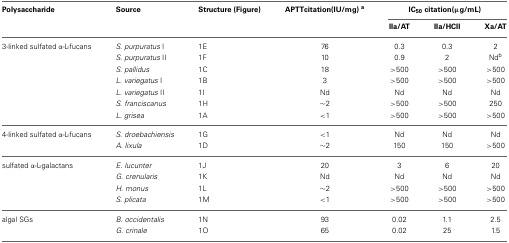
| Polysaccharide | Source | Structure (Figure) | APTTcitation(IU/mg) a | <COLSPAN=3> IC50 citation(μg/mL) |
 |  |  |  |  | IIa/AT | IIa/HCII | Xa/AT |
 | --- | --- | --- | --- | --- | --- | --- |
 | 3-linked sulfated α-L-fucans | S. purpuratus I | 1E | 76 | 0.3 | 0.3 | 2 |
 |  | S. purpuratus II | 1F | 10 | 0.9 | 2 | Ndb |
 |  | S. pallidus | 1C | 18 | >500 | >500 | >500 |
 |  | L. variegatus I | 1B | 3 | >500 | >500 | >500 |
 |  | L. variegatus II | 1I | Nd | Nd | Nd | Nd |
 |  | S. franciscanus | 1H | ~2 | >500 | >500 | 250 |
 |  | L. grisea | 1A | <1 | >500 | >500 | >500 |
 | 4-linked sulfated α-L-fucans | S. droebachiensis | 1G | <1 | Nd | Nd | Nd |
 |  | A. lixula | 1D | ~2 | 150 | 150 | >500 |
 | sulfated α-L-galactans | E. lucunter | 1J | 20 | 3 | 6 | 20 |
 |  | G. crenularis | 1K | Nd | Nd | Nd | Nd |
 |  | H. monus | 1L | ~2 | >500 | >500 | >500 |
 |  | S. plicata | 1M | <1 | >500 | >500 | >500 |
 | algal SGs | B. occidentalis | 1N | 93 | 0.02 | 1.1 | 2.5 |
 |  | G. crinale | 1O | 65 | 0.02 | 25 | 1.5 |